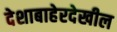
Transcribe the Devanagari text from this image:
देशाबाहेरदेखील